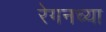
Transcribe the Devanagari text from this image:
रेगनच्या